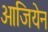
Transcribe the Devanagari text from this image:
ओजियेन